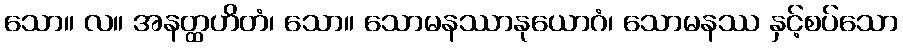
သော။ လ။ အနတ္ထဟိတံ၊ သော။ သောမနဿာနုယောဂံ၊ သောမနဿ နှင့်စပ်သော